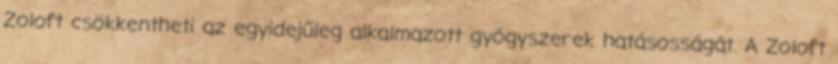
Zoloft csökkentheti az egyidejűleg alkalmazott gyógyszerek hatásosságát. A Zoloft